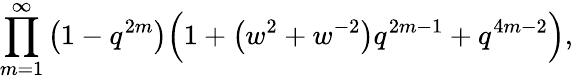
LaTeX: \prod_{m=1}^{\infty}\left(1-q^{2m}\right){\Big(}1+\left(w^{2}+w^{-2}\right)q^{2m-1}+q^{4m-2}{\Big)},